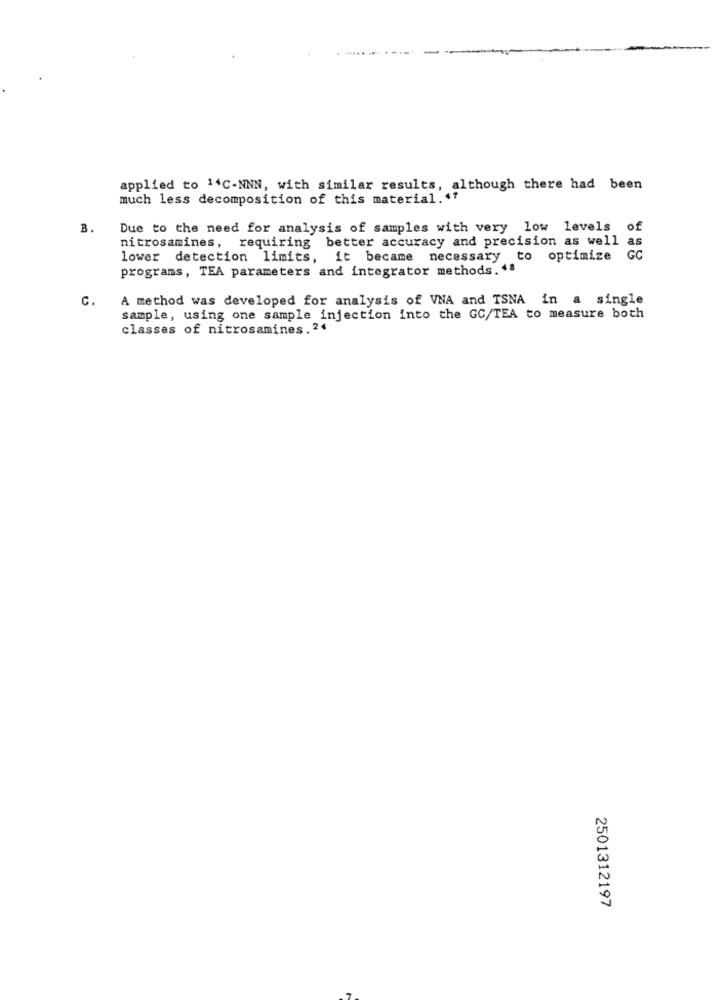
applied to 14C-NNN, with similar results, although there had been
much less decomposition of this material. 41
B.
Due to the need for analysis of samples with very low levels of
nitrosamines, requiring better accuracy and precision as well as
lower detection limits, it became necessary to optimize GC
programs, TEA parameters and integrator methods. 48
C.
A method was developed for analysis of VNA and TSNA in a single
sample, using one sample injection into the GC/TEA to measure both
classes of nitrosamines. 24
2501312197